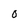
Character: O